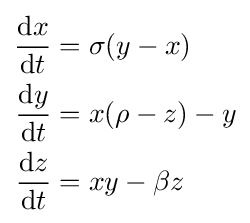
{\begin{aligned}{\frac {\mathrm {d} x}{\mathrm {d} t}}&=\sigma (y-x)\\{\frac {\mathrm {d} y}{\mathrm {d} t}}&=x(\rho -z)-y\\{\frac {\mathrm {d} z}{\mathrm {d} t}}&=xy-\beta z\end{aligned}}